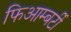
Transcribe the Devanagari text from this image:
फिआम्बर्टी